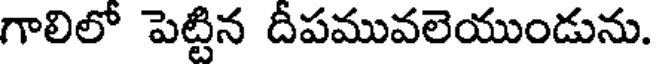
గాలిలో పెట్టిన దీపమువలెయుండును.